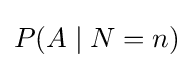
P(A\mid N=n)